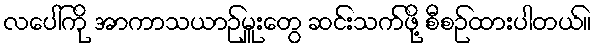
လပေါ်ကို အာကာသယာဉ်မှူးတွေ ဆင်းသက်ဖို့ စီစဉ်ထားပါတယ်။